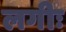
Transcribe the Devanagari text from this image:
लगीः